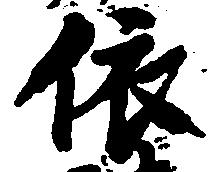
依